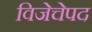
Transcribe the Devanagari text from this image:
विजेचेपद